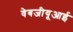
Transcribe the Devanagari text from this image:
वेबजीयूआई